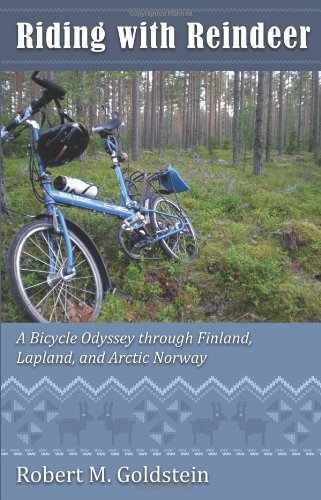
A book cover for Riding With Reindeer: A Bicycle Odyssey Through Finland, Lapland, and Arctic Norway; Robert M. Goldstein; Travel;